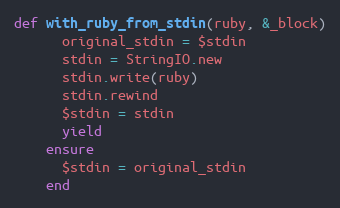
Language: Ruby
def with_ruby_from_stdin(ruby, &_block)
      original_stdin = $stdin
      stdin = StringIO.new
      stdin.write(ruby)
      stdin.rewind
      $stdin = stdin
      yield
    ensure
      $stdin = original_stdin
    end